Vaccination in Bombay 1924-1928 - 1924-1928
Year: 1924
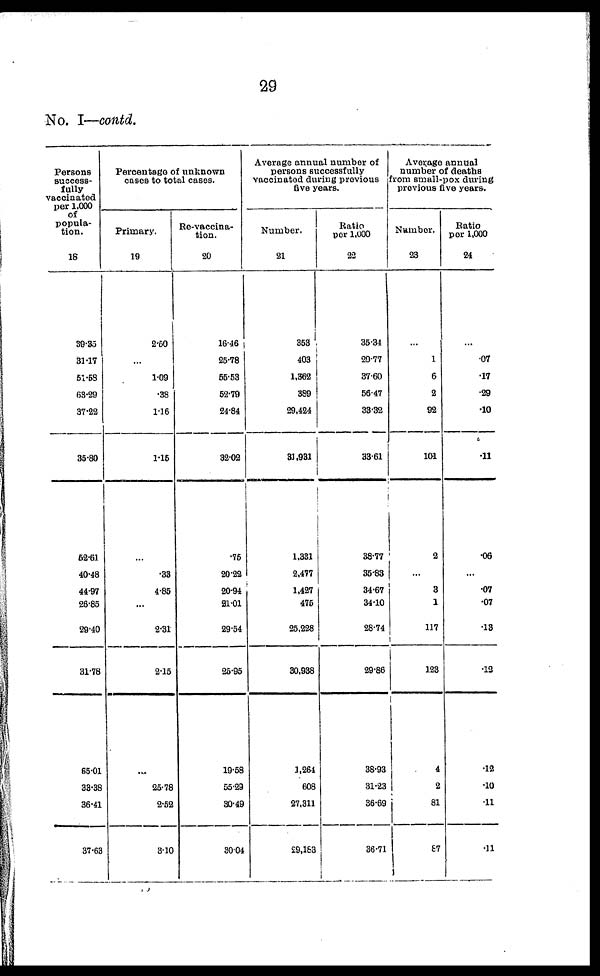
29
No. I—contd.
Persons
success-
fully
vaccinated
per 1,000
of
popula-
tion.
18
39.35
31.17
51.58
63.29
37.22
35.80
52.61
40.48
44.97
26.85
29.40
31.78
55.01
33.38
36.41
37.63
Percentage of unknown
cases to total cases.
Primary.
19
2.50
...
1.09
.38
1.16
1.15
...
.33
4.85
...
2.31
2.15
...
25.78
2.52
3.10
Re-vaccina-
tion.
20
16.46
25.78
55.53
52.79
24.84
32.02
.75
20.22
20.94
21.01
29.54
25.95
19.58
55.29
30.49
30.04
Average annual number of
persons successfully
vaccinated during previous
five years.
Number.
21
353
403
1,362
389
29,424
31,931
1,331
2,477
1,427
475
25,228
30,938
1,264
608
27,311
29,183
Ratio
per 1,000
22
35.34
29.77
37.60
56.47
33.32
33.61
38.77
35.83
34.67
34.10
28.74
29.86
38.93
31.23
36.69
36.71
Average annual
number of deaths
from small-pox during
previous five years.
Number.
23
...
1
6
2
92
101
2
...
3
1
117
123
4
2
81
87
Ratio
per 1,000
24
...
.07
.17
.29
.10
.11
.06
.07
.07
.13
.12
.12
.10
.11
.11